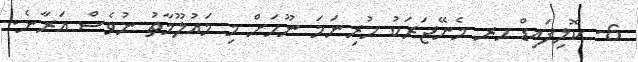
6- ކޮލިފައިޑް ހރ މެނޭޖަރަކު ހުރިނަމަ ނޫހަށް މި މައުލޫމާތު ނުވެސް އަރާނެ.